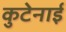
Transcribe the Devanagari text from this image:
कुटेनाई